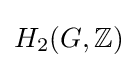
H_{2}(G,\mathbb {Z} )